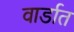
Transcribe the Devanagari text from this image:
वार्डात